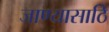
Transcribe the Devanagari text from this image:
जाण्यासाठि